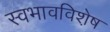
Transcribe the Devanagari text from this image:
स्वभावविशे़ष